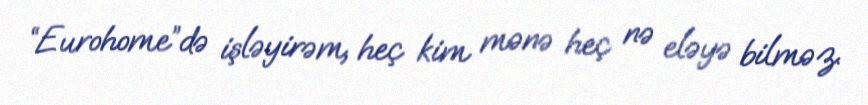
“Eurohome”də işləyirəm, heç kim mənə heç nə eləyə bilməz.